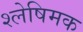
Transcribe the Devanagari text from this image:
श्लेषिमक